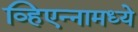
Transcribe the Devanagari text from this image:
व्हिएन्नामध्ये